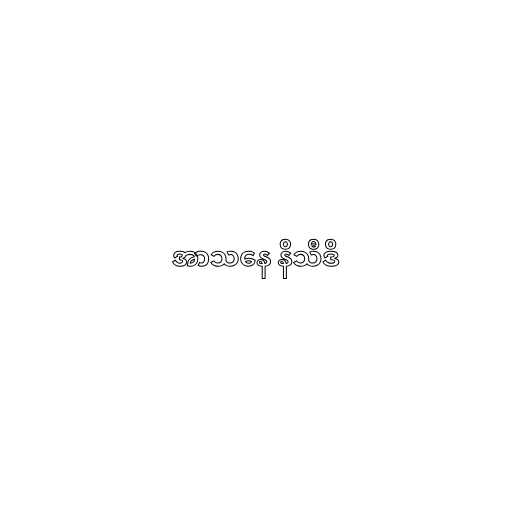
အာသနေ နိသီဒိ